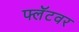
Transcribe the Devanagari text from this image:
फ्लॅटवर